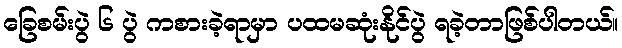
ခြေစမ်းပွဲ ၆ ပွဲ ကစားခဲ့ရာမှာ ပထမဆုံးနိုင်ပွဲ ရခဲ့တာဖြစ်ပါတယ်။